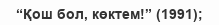
“Қош бол, көктем!” (1991);